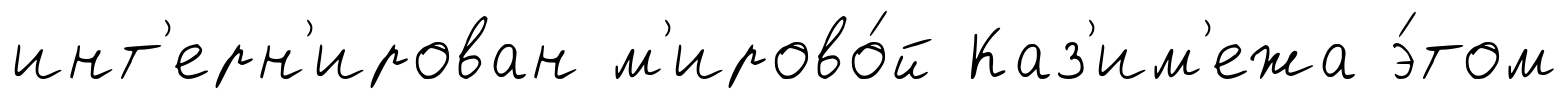
инт'ерн'ирован м'ирово́й Каз'им'ежа э́том